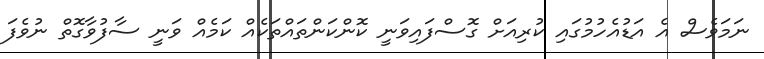
ނަމަވެސް އެ އަޑުއެހުމުގައި ކުރިއަށް ގޮސްފައިވަނީ ކޮންކަންތައްތަކެއް ކަމެއް ވަނީ ސާފުވާގޮތް ނުވެފަ